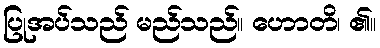
ပြုအပ်သည် မည်သည်။ ဟောတိ၊ ၏။